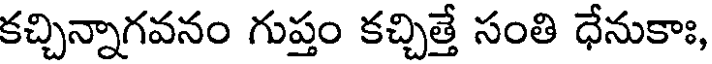
కచ్చిన్నాగవనం గుప్తం కచ్చిత్తే సంతి ధేనుకాః,